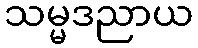
သမ္မဒညာယ